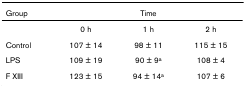
<table><thead><tr><td><b>Group</b></td><td colspan="3"><b>Time</b></td></tr></thead><tbody><tr><td></td><td>0 h</td><td>1 h</td><td>2 h</td></tr><tr><td>Control</td><td>107 ± 14</td><td>98 ± 11</td><td>115 ± 15</td></tr><tr><td>LPS</td><td>109 ± 19</td><td>90 ± 9<sup>a</sup></td><td>108 ± 4</td></tr><tr><td>F XIII</td><td>123 ± 15</td><td>94 ± 14<sup>a</sup></td><td>107 ± 6</td></tr></tbody></table>